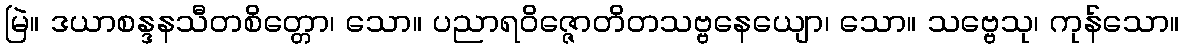
မြဲ။ ဒယာစန္ဒနသီတစိတ္တော၊ သော။ ပညာရဝိဇ္ဇောတိတသဗ္ဗနေယျော၊ သော။ သဗ္ဗေသု၊ ကုန်သော။